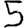
Digit: 5